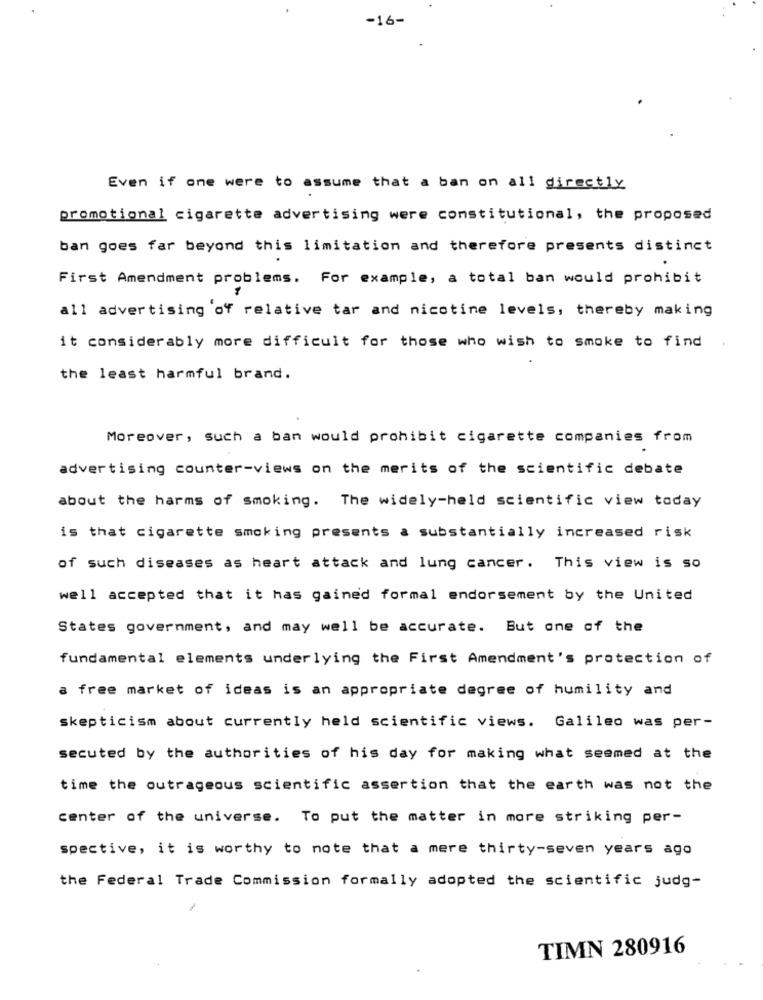
-16-
Even if one were to assume that a ban on all directly
promotional cigarette advertising were constitutional, the proposed
ban goes far beyond this limitation and therefore presents distinct
First Amendment problems. For example, a total ban would prohibit
all advertising of relative tar and nicotine levels, thereby making
it considerably more difficult for those who wish to smoke to find
the least harmful brand.
Moreover, such a ban would prohibit cigarette companies from
advertising counter-views on the merits of the scientific debate
about the harms of smoking. The widely-held scientific view today
is that cigarette smoking presents a substantially increased risk
of such diseases as heart attack and lung cancer. This view is so
well accepted that it has gained formal endorsement by the United
States government, and may well be accurate. But one of the
fundamental elements underlying the First Amendment's protection of
a free market of ideas is an appropriate degree of humility and
skepticism about currently held scientific views. Galileo was per-
secuted by the authorities of his day for making what seemed at the
time the outrageous scientific assertion that the earth was not the
center of the universe. To put the matter in more striking per-
spective, it is worthy to note that a mere thirty-seven years ago
the Federal Trade Commission formally adopted the scientific judg-
TIMN 280916